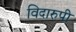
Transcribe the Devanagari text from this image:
विदारुपी